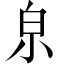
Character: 𤽄